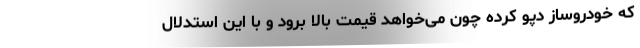
که خودروساز دپو کرده چون می‌خواهد قیمت بالا برود و با این استدلال